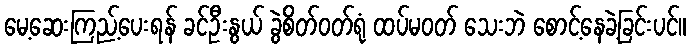
မေ့ဆေးကြည့်ပေးရန် ခင်ဦးနွယ် ခွဲစိတ်ဝတ်ရုံ ထပ်မဝတ် သေးဘဲ စောင့်နေခဲ့ခြင်းပင်။